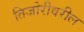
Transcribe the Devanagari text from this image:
तिजोरीवरील